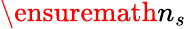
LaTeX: \ensuremath{n_{s}}